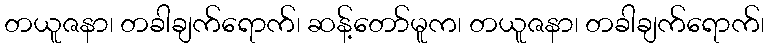
တယူဇနာ၊ တခါချက်ရောက်၊ ဆန့်တော်မူက၊ တယူဇနာ၊ တခါချက်ရောက်၊